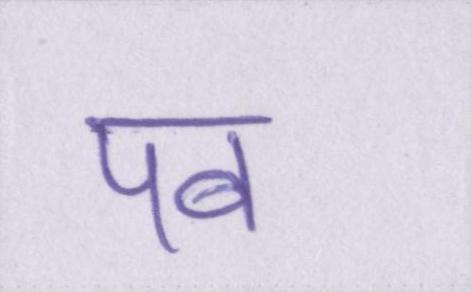
पब